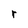
Character: r